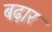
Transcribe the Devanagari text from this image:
बढ़ार